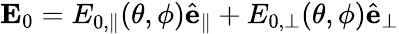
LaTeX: \mathbf{E}_{0}=E_{0,\parallel}(\theta,\phi)\hat{\mathbf{e}}_{\parallel}+E_{0,\perp}(\theta,\phi)\hat{\mathbf{e}}_{\perp}